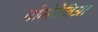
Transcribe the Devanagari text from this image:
पोमेरेनिआ